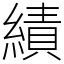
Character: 績